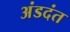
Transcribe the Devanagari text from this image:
अंडदंत